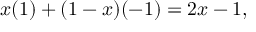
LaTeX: x ( 1 ) + ( 1 - x ) ( - 1 ) = 2 x - 1 ,